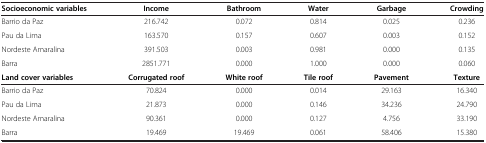
<table><thead><tr><td><b>Socioeconomic variables</b></td><td><b>Income</b></td><td><b>Bathroom</b></td><td><b>Water</b></td><td><b>Garbage</b></td><td><b>Crowding</b></td></tr></thead><tbody><tr><td>Barrio da Paz</td><td>216.742</td><td>0.072</td><td>0.814</td><td>0.025</td><td>0.236</td></tr><tr><td>Pau da Lima</td><td>163.570</td><td>0.157</td><td>0.607</td><td>0.003</td><td>0.152</td></tr><tr><td>Nordeste Amaralina</td><td>391.503</td><td>0.003</td><td>0.981</td><td>0.000</td><td>0.135</td></tr><tr><td>Barra</td><td>2851.771</td><td>0.000</td><td>1.000</td><td>0.000</td><td>0.060</td></tr><tr><td><b>Land cover variables</b></td><td><b>Corrugated roof</b></td><td><b>White roof</b></td><td><b>Tile roof</b></td><td><b>Pavement</b></td><td><b>Texture</b></td></tr><tr><td>Barrio da Paz</td><td>70.824</td><td>0.000</td><td>0.014</td><td>29.163</td><td>16.340</td></tr><tr><td>Pau da Lima</td><td>21.873</td><td>0.000</td><td>0.146</td><td>34.236</td><td>24.790</td></tr><tr><td>Nordeste Amaralina</td><td>90.361</td><td>0.000</td><td>0.127</td><td>4.756</td><td>33.190</td></tr><tr><td>Barra</td><td>19.469</td><td>19.469</td><td>0.061</td><td>58.406</td><td>15.380</td></tr></tbody></table>